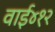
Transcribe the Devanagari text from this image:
वाई४१२